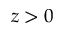
z > 0